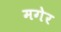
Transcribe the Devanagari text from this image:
मगेर